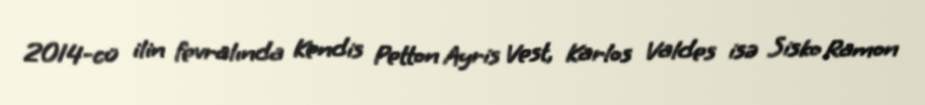
2014-cü ilin fevralında Kendis Petton Ayris Vest, Karlos Valdes isə Sisko Ramon